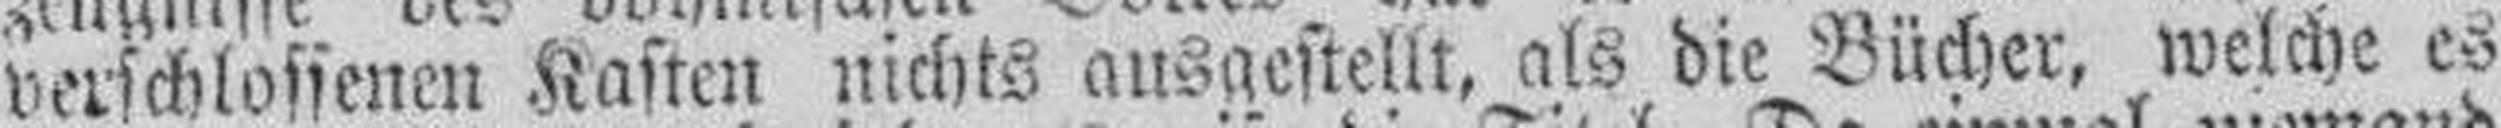
verschlossenen Kasten nichts ausgestellt, als die Bücher, welche es